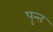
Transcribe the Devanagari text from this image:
पुन्त